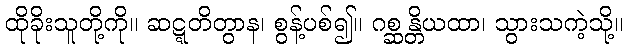
ထိုခိုးသူတို့ကို။ ဆဋ္ဋတိတွာန၊ စွန့်ပစ်၍။ ဂစ္ဆန္တိယထာ၊ သွားသကဲ့သို့။